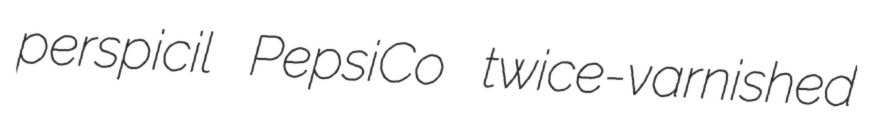
perspicil PepsiCo twice-varnished